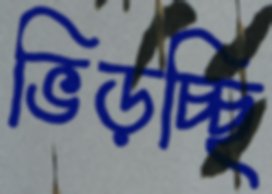
ভিড়চ্ছি